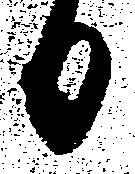
日